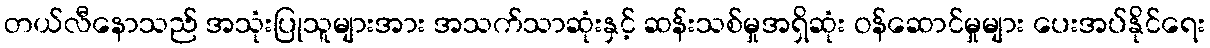
တယ်လီနောသည် အသုံးပြုသူများအား အသက်သာဆုံးနှင့် ဆန်းသစ်မှုအရှိဆုံး ဝန်ဆောင်မှုများ ပေးအပ်နိုင်ရေး